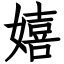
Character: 嬉